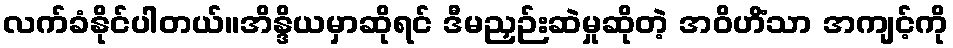
လက်ခံနိုင်ပါတယ်။အိန္ဒိယမှာဆိုရင် ဒီမညှဉ်းဆဲမှုဆိုတဲ့ အဝိဟိံသာ အကျင့်ကို